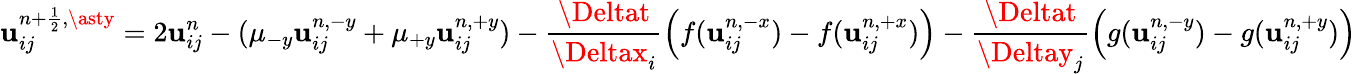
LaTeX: \mathbf{u}_{ij}^{{n+\frac{{1}}{{2}}},\asty}=2\mathbf{u}_{ij}^{n}-(\mu_{-y}\mathbf{u}_{ij}^{n,-y}+\mu_{+y}\mathbf{u}_{ij}^{n,+y})-\frac{{\Deltat}}{{\Deltax_{i}}}\left(f(\mathbf{u}_{ij}^{n,-x})-f(\mathbf{u}_{ij}^{n,+x})\right)-\frac{{\Deltat}}{{\Deltay_{j}}}\left(g(\mathbf{u}_{ij}^{n,-y})-g(\mathbf{u}_{ij}^{n,+y})\right)